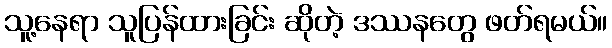
သူ့နေရာ သူပြန်ထားခြင်း ဆိုတဲ့ ဒဿနတွေ ဖတ်ရမယ်။